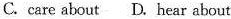
C.care about D.hear about